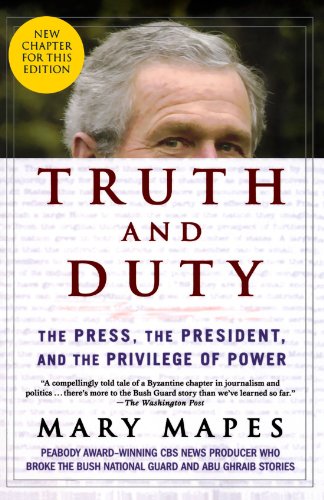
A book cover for Truth and Duty: The Press, the President, and the Privilege of Power; Mary Mapes; Business & Money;